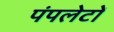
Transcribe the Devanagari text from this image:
पंपलेटों